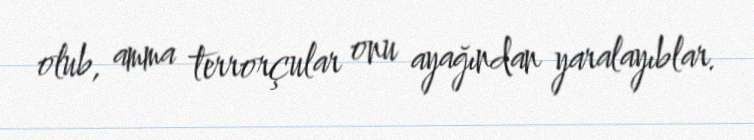
olub, amma terrorçular onu ayağından yaralayıblar.